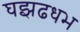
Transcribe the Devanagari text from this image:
घझढधभ